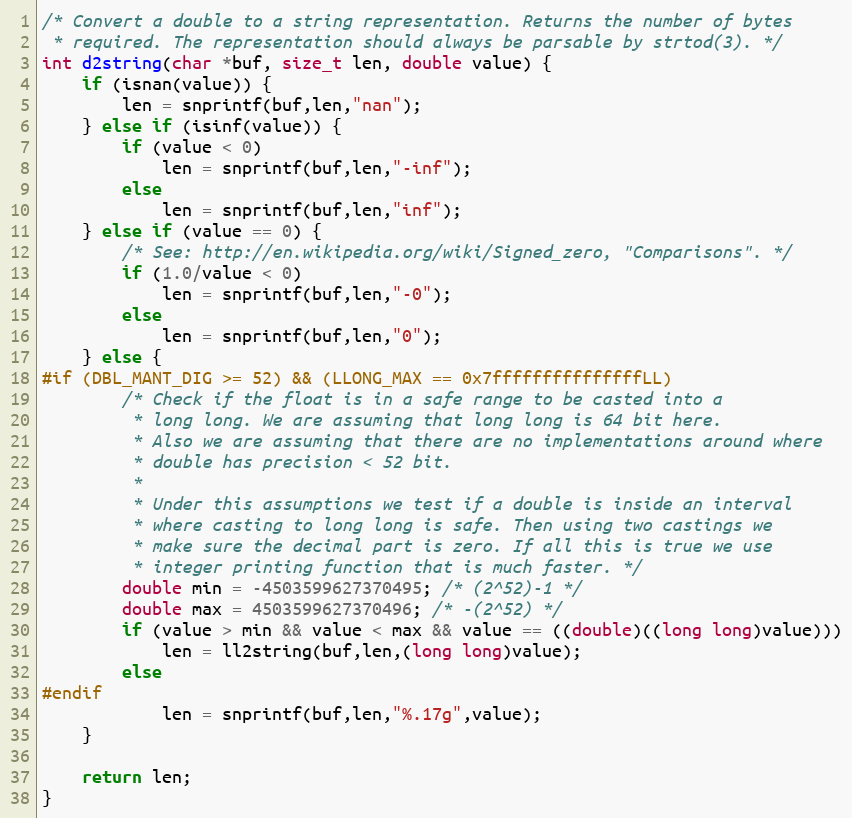
Language: C
/* Convert a double to a string representation. Returns the number of bytes
 * required. The representation should always be parsable by strtod(3). */
int d2string(char *buf, size_t len, double value) {
    if (isnan(value)) {
        len = snprintf(buf,len,"nan");
    } else if (isinf(value)) {
        if (value < 0)
            len = snprintf(buf,len,"-inf");
        else
            len = snprintf(buf,len,"inf");
    } else if (value == 0) {
        /* See: http://en.wikipedia.org/wiki/Signed_zero, "Comparisons". */
        if (1.0/value < 0)
            len = snprintf(buf,len,"-0");
        else
            len = snprintf(buf,len,"0");
    } else {
#if (DBL_MANT_DIG >= 52) && (LLONG_MAX == 0x7fffffffffffffffLL)
        /* Check if the float is in a safe range to be casted into a
         * long long. We are assuming that long long is 64 bit here.
         * Also we are assuming that there are no implementations around where
         * double has precision < 52 bit.
         *
         * Under this assumptions we test if a double is inside an interval
         * where casting to long long is safe. Then using two castings we
         * make sure the decimal part is zero. If all this is true we use
         * integer printing function that is much faster. */
        double min = -4503599627370495; /* (2^52)-1 */
        double max = 4503599627370496; /* -(2^52) */
        if (value > min && value < max && value == ((double)((long long)value)))
            len = ll2string(buf,len,(long long)value);
        else
#endif
            len = snprintf(buf,len,"%.17g",value);
    }

    return len;
}